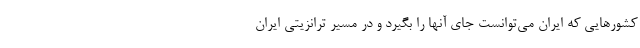
کشورهایی که ایران می‌توانست جای آنها را بگیرد و در مسیر ترانزیتی ایران